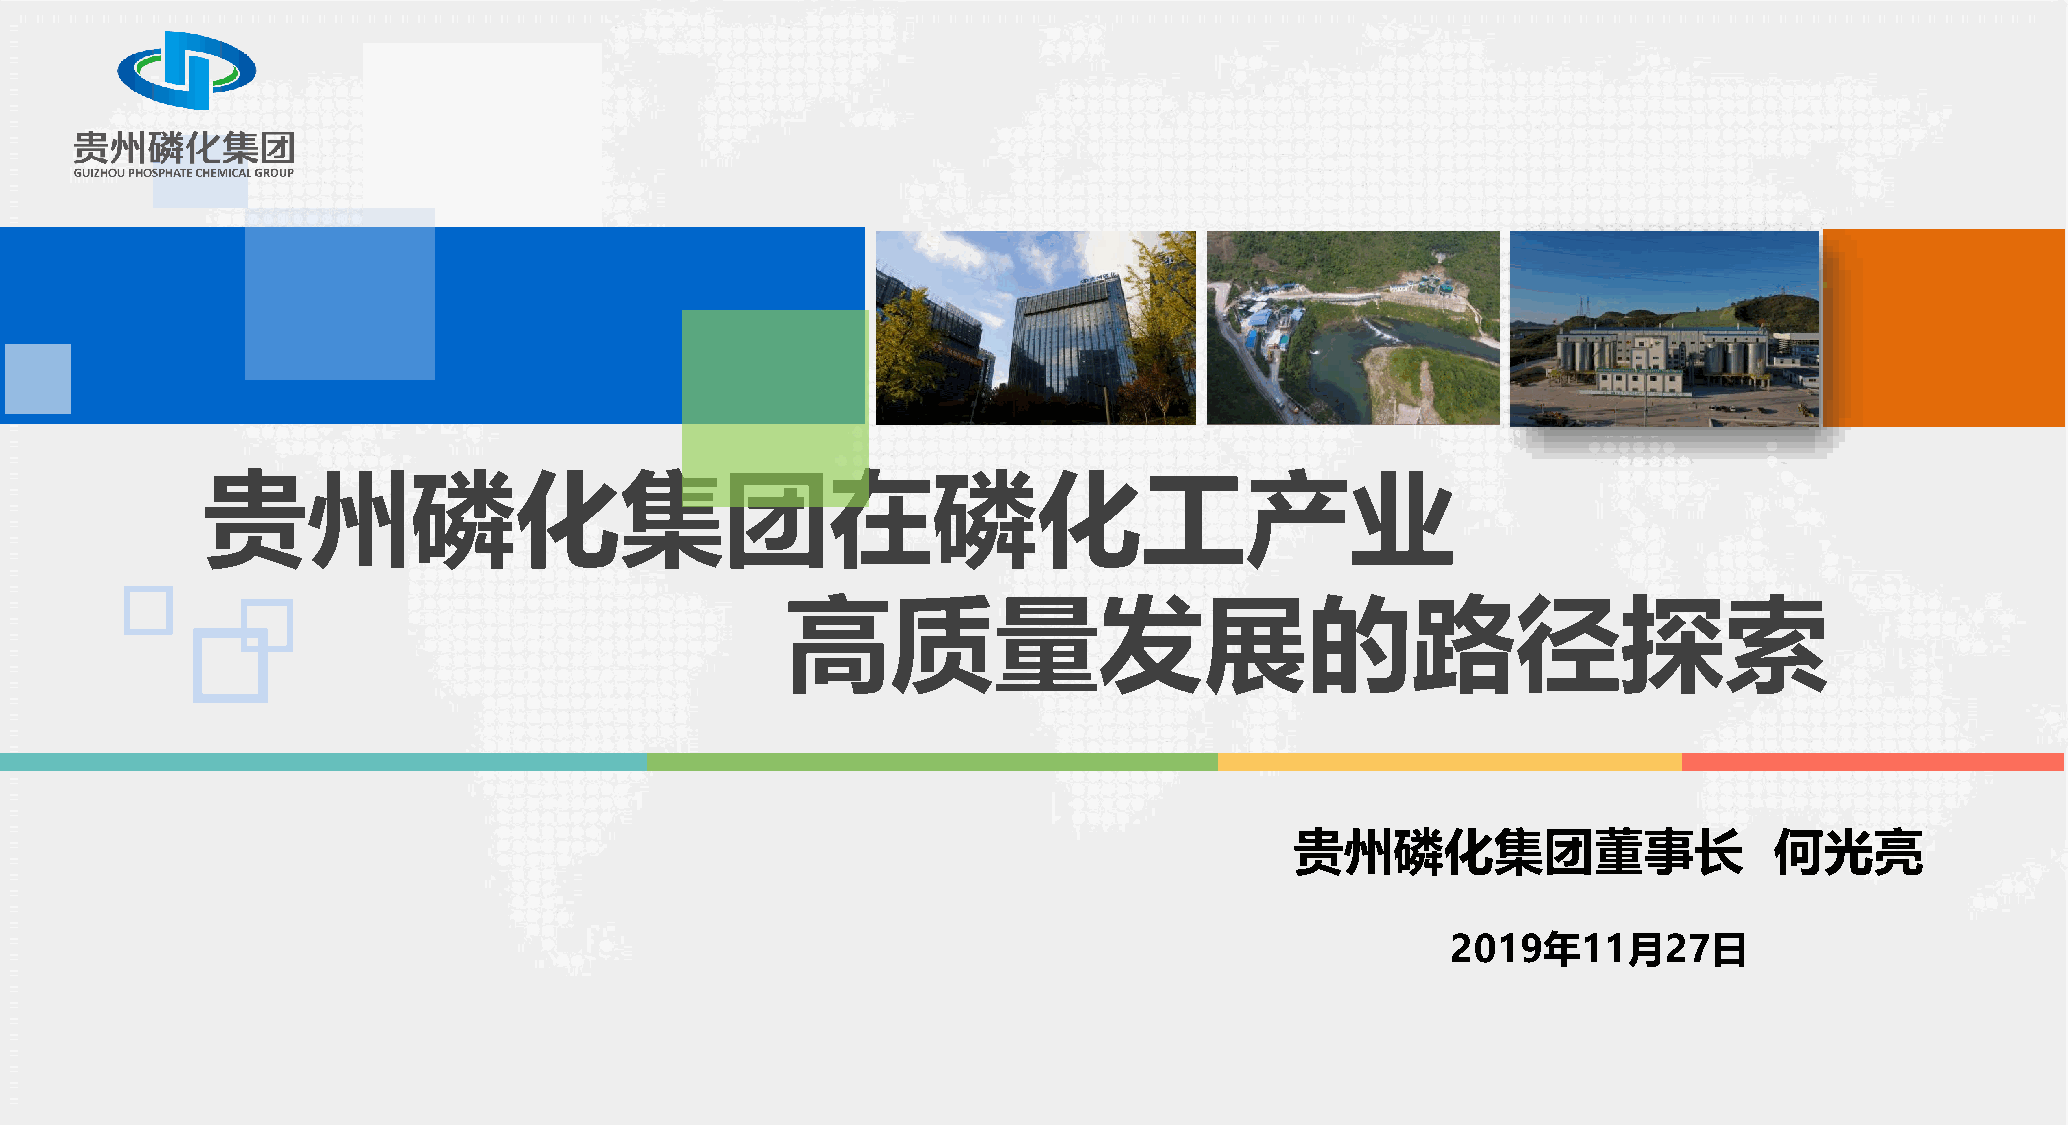
贵州磷化集团在磷化工产业
 高质量发展的路径探索
 贵州磷化集团董事长                      何光亮
 2019年11月27日